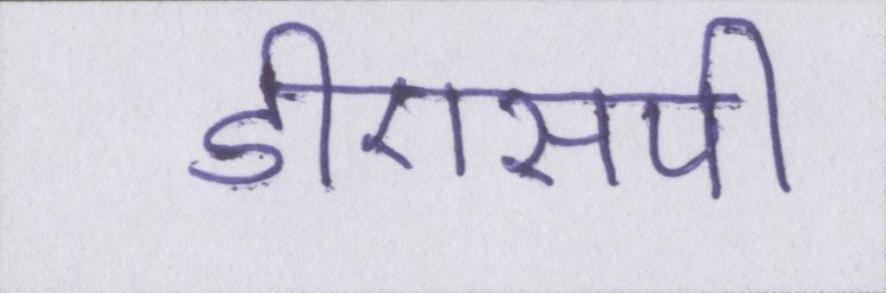
डीएसपी